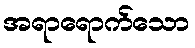
အရာရောက်သော